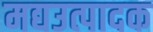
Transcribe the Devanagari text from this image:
मद्यउत्पादक